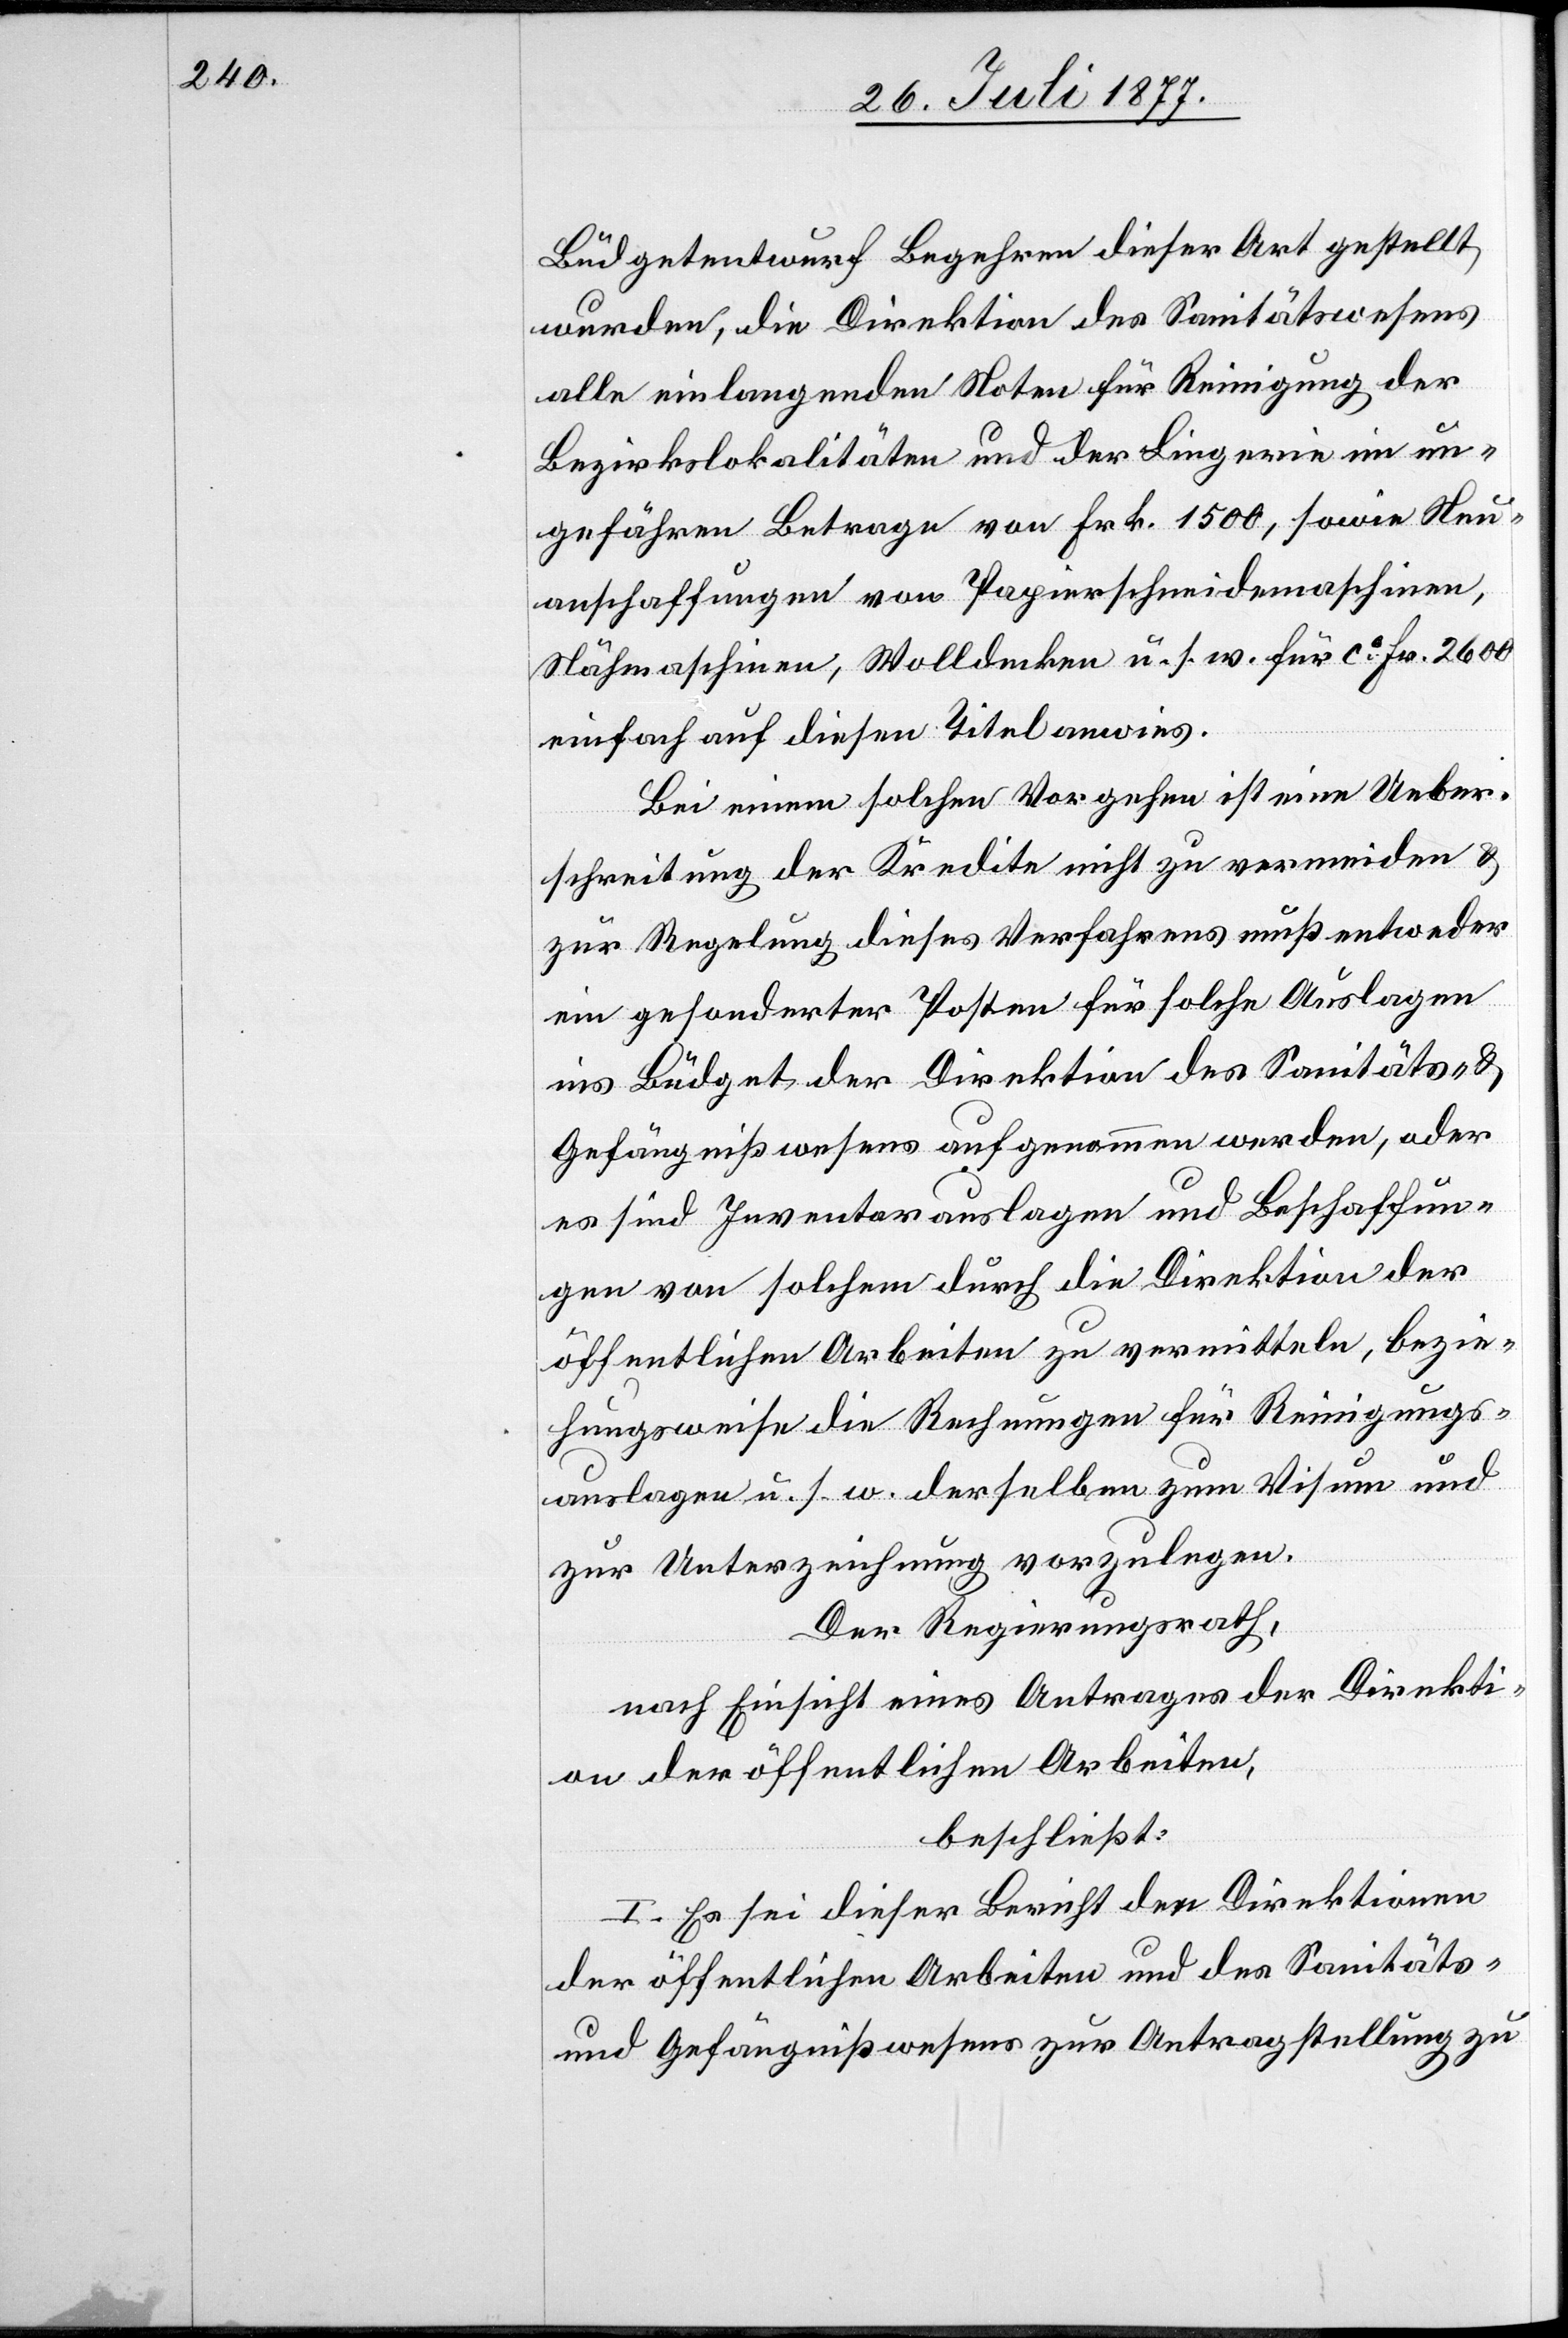
Büdgetentwurf Begehren dieser Art gestellt
wurden, die Direktion des Sanitätswesens
alle einlangenden Noten für Reinigung der
Bezirkslokalitäten und der Lingerie im un¬
gefähren Betrage von Frk. 1500, sowie Neu¬
anschaffungen von Papierschneidemaschinen,
Nähmaschinen, Wolldecken u. s. w. für ca Fr. 2600
einfach auf diesen Titel anwies.
Bei einem solchen Vorgehen ist eine Ueber¬
schreitung der Kredite nicht zu vermeiden &
zur Regelung dieses Verfahrens muß entweder
ein gesonderter Posten für solche Auslagen
ins Büdget der Direktion des Sanitäts- &
Gefängnißwesens aufgenommen werden, oder
es sind Inventarauslagen und Beschaffun¬
gen von solchem durch die Direktion der
öffentlichen Arbeiten zu vermitteln, bezie¬
hungsweise die Rechnungen für Reinigungs¬
auslagen u. s. w. derselben zum Visum und
zur Unterzeichnung vorzulegen.
Der Regierungsrath,
nach Einsicht eines Antrages der Direkti¬
on der öffentlichen Arbeiten,
beschließt:
I. Es sei dieser Bericht den Direktionen
der öffentlichen Arbeiten und des Sanitäts-
und Gefängnißwesens zur Antragstellung zu